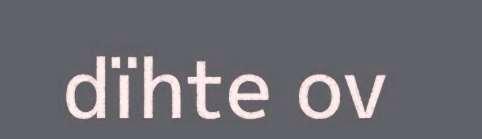
dïhte ov